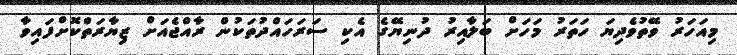
މިއަހަރު ވޭތުވެދިޔަ ހަތަރު މަހަށް ބަލާއިރު ދުނިޔޭގެ އެކި ސަރަހައްދުތަކުން ރާއްޖެއަށް ޒިޔާރަތްކޮށްފައިވާ